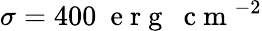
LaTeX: \sigma=400~\mathrm{~e~r~g~~~c~m~}^{-2}